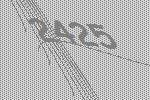
2425